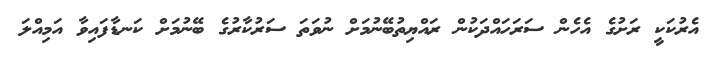
އެރުކަކީ ރަށުގެ އެހެން ސަރަހައްދަކުން ރައްޔިތުބޭނުމަށް ނުވަތަ ސަރުކާރުގެ ބޭނުމަށް ކަނޑާފައިވާ އަމިއްލަ